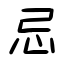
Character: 忌